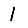
Digit: 1